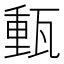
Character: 𤭮